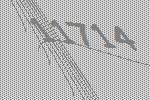
11714